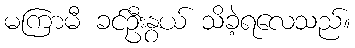
မကြာမီ ခင်ဦးနွယ် သိခဲ့ရလေသည်။